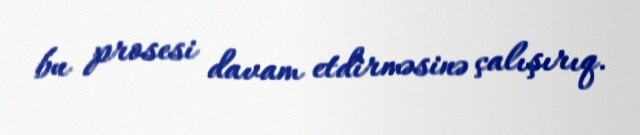
bu prosesi davam etdirməsinə çalışırıq.